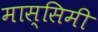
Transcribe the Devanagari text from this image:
मास्सिमी